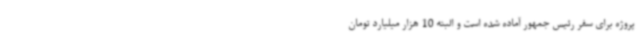
پروژه برای سفر رئیس جمهور آماده شده است و البته 10 هزار میلیارد تومان